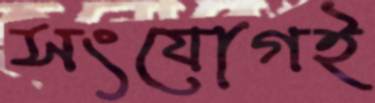
সংযোগই